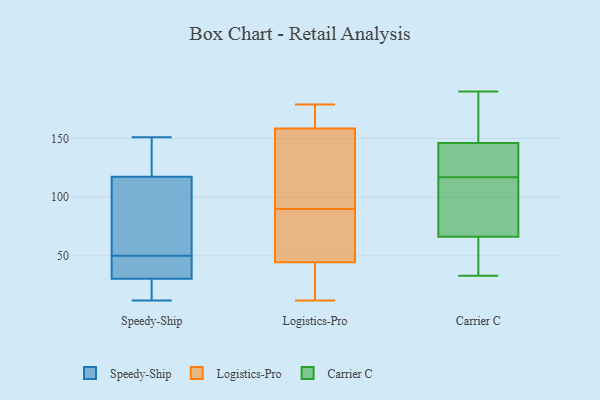
{"axis": {"x": "Headcount", "y": "Value"}, "legend": ["Carrier C", "Logistics-Pro", "Speedy-Ship"], "data": [{"x": "", "y": 42, "type": "Speedy-Ship"}, {"x": "", "y": 49, "type": "Speedy-Ship"}, {"x": "", "y": 51, "type": "Speedy-Ship"}, {"x": "", "y": 26, "type": "Speedy-Ship"}, {"x": "", "y": 63, "type": "Speedy-Ship"}, {"x": "", "y": 12, "type": "Speedy-Ship"}, {"x": "", "y": 30, "type": "Speedy-Ship"}, {"x": "", "y": 121, "type": "Speedy-Ship"}, {"x": "", "y": 26, "type": "Speedy-Ship"}, {"x": "", "y": 58, "type": "Speedy-Ship"}, {"x": "", "y": 151, "type": "Speedy-Ship"}, {"x": "", "y": 118, "type": "Speedy-Ship"}, {"x": "", "y": 31, "type": "Speedy-Ship"}, {"x": "", "y": 39, "type": "Speedy-Ship"}, {"x": "", "y": 117, "type": "Speedy-Ship"}, {"x": "", "y": 126, "type": "Speedy-Ship"}, {"x": "", "y": 175, "type": "Logistics-Pro"}, {"x": "", "y": 44, "type": "Logistics-Pro"}, {"x": "", "y": 151, "type": "Logistics-Pro"}, {"x": "", "y": 57, "type": "Logistics-Pro"}, {"x": "", "y": 33, "type": "Logistics-Pro"}, {"x": "", "y": 107, "type": "Logistics-Pro"}, {"x": "", "y": 111, "type": "Logistics-Pro"}, {"x": "", "y": 90, "type": "Logistics-Pro"}, {"x": "", "y": 33, "type": "Logistics-Pro"}, {"x": "", "y": 175, "type": "Logistics-Pro"}, {"x": "", "y": 161, "type": "Logistics-Pro"}, {"x": "", "y": 73, "type": "Logistics-Pro"}, {"x": "", "y": 19, "type": "Logistics-Pro"}, {"x": "", "y": 12, "type": "Logistics-Pro"}, {"x": "", "y": 49, "type": "Logistics-Pro"}, {"x": "", "y": 179, "type": "Logistics-Pro"}, {"x": "", "y": 46, "type": "Logistics-Pro"}, {"x": "", "y": 101, "type": "Logistics-Pro"}, {"x": "", "y": 168, "type": "Logistics-Pro"}, {"x": "", "y": 58, "type": "Carrier C"}, {"x": "", "y": 141, "type": "Carrier C"}, {"x": "", "y": 91, "type": "Carrier C"}, {"x": "", "y": 117, "type": "Carrier C"}, {"x": "", "y": 33, "type": "Carrier C"}, {"x": "", "y": 45, "type": "Carrier C"}, {"x": "", "y": 190, "type": "Carrier C"}, {"x": "", "y": 176, "type": "Carrier C"}, {"x": "", "y": 148, "type": "Carrier C"}, {"x": "", "y": 122, "type": "Carrier C"}, {"x": "", "y": 97, "type": "Carrier C"}]}